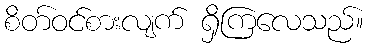
စိတ်ဝင်စားလျက် ရှိကြလေသည်။